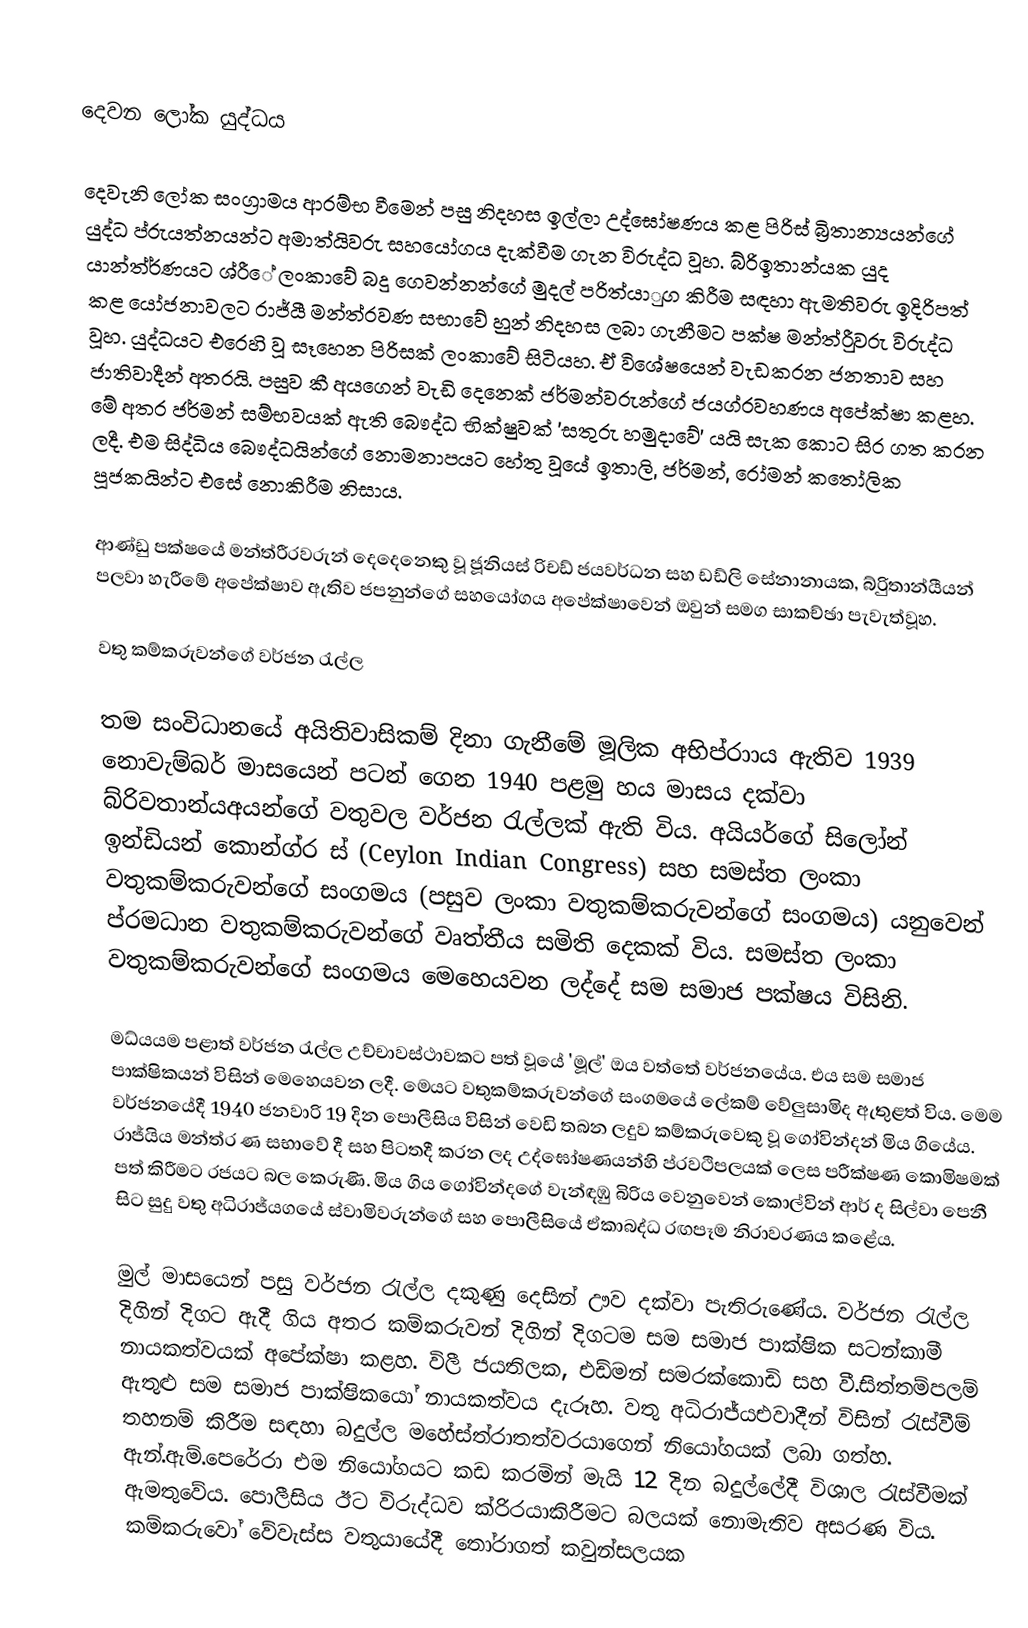

දෙවන ලෝක යුද්ධය

දෙවැනි ලෝක සංග්‍රාමය ආරම්භ වීමෙන් පසු  නිදහස ඉල්ලා උද්ඝෝෂණය කළ පිරිස් බ්‍රිතාන්‍යයන්ගේ යුද්ධ ප්රුයත්නයන්ට අමාත්යිවරු සහයෝගය දැක්වීම ගැන විරුද්ධ වූහ. බ්රිඉතාන්යක යුද යාන්ත්ර්ණයට ශ්රීේ ලංකාවේ බදු ගෙවන්නන්ගේ මුදල් පරිත්යාුග කිරීම සඳහා ඇමතිවරු ඉදිරිපත් කළ යෝජනාවලට රාජ්යී මන්ත්රවණ සභාවේ හුන් නිදහස ලබා ගැනීමට පක්ෂ මන්ත්රීුවරු විරුද්ධ වූහ. යුද්ධයට එරෙහි වූ සෑහෙන පිරිසක් ලංකාවේ සිටියහ. ඒ විශේෂයෙන් වැඩකරන ජනතාව සහ ජාතිවාදීන් අතරයි. පසුව කී අයගෙන් වැඩි දෙනෙක් ජර්මන්වරුන්ගේ ජයග්රවහණය අපේක්ෂා කළහ. මේ අතර ජර්මන් සම්භවයක් ඇති බෞද්ධ භික්ෂුවක් 'සතුරු හමුදාවේ' යයි සැක කොට සිර ගත කරන ලදී. එම සිද්ධිය බෞද්ධයින්ගේ නොමනාපයට හේතු වූයේ ඉතාලි, ජර්මන්, රෝමන් කතෝලික පූජකයින්ට එසේ නොකිරීම නිසාය.

ආණ්ඩු පක්ෂයේ මන්ත්රීරවරුන් දෙදෙනෙකු වූ ජූනියස් රිචඩ් ජයවර්ධන සහ ඩඩ්ලි සේනානායක, බ්රිුතාන්යීයන් පලවා හැරීමේ අපේක්ෂාව ඇතිව ජපනුන්ගේ සහයෝගය අපේක්ෂාවෙන් ඔවුන් සමග සාකච්ඡා පැවැත්වූහ.

වතු කම්කරුවන්ගේ වර්ජන රැල්ල

තම සංවිධානයේ අයිතිවාසිකම් දිනා ගැනීමේ මූලික අභිප්රාාය ඇතිව 1939 නොවැම්බර් මාසයෙන් පටන් ගෙන 1940 පළමු හය මාසය දක්වා බ්රිවතාන්යඅයන්ගේ වතුවල වර්ජන රැල්ලක් ඇති විය. අයියර්ගේ සිලෝන් ඉන්ඩියන් කොන්ග්ර ස් (Ceylon Indian Congress) සහ සමස්ත ලංකා වතුකම්කරුවන්ගේ සංගමය (පසුව ලංකා වතුකම්කරුවන්ගේ සංගමය) යනුවෙන් ප්රමධාන වතුකම්කරුවන්ගේ වෘත්තීය සමිති දෙකක් විය. සමස්ත ලංකා වතුකම්කරුවන්ගේ සංගමය මෙහෙයවන ලද්දේ සම සමාජ පක්ෂය විසිනි.

මධ්යයම පළාත් වර්ජන රැල්ල උච්චාවස්ථාවකට පත් වූයේ 'මූල්' ඔය වත්තේ වර්ජනයේය. එය සම සමාජ පාක්ෂිකයන් විසින් මෙහෙයවන ලදී. මෙයට වතුකම්කරුවන්ගේ සංගමයේ ලේකම් වේලුසාමිද ඇතුළත් විය. මෙම වර්ජනයේදී 1940 ජනවාරි 19 දින පොලීසිය විසින් වෙඩි තබන ලදුව කම්කරුවෙකු වූ ගෝවින්දන් මිය ගියේය. රාජ්යිය මන්ත්ර ණ සභාවේ දී සහ පිටතදී කරන ලද උද්ඝෝෂණයන්හි ප්රවථිපලයක් ලෙස පරීක්ෂණ කොමිෂමක් පත් කිරීමට රජයට බල කෙරුණි. මිය ගිය ගෝවින්දගේ වැන්ඳඹු බිරිය වෙනුවෙන් කොල්වින් ආර් ද සිල්වා පෙනී සිට සුදු වතු අධිරාජ්යගයේ ස්වාමිවරුන්ගේ සහ පොලීසියේ ඒකාබද්ධ රඟපෑම නිරාවරණය කළේය.

මුල් මාසයෙන් පසු වර්ජන රැල්ල දකුණු දෙසින් ඌව දක්වා පැතිරුණේය. වර්ජන රැල්ල දිගින් දිගට ඇදී ගිය අතර කම්කරුවන් දිගින් දිගටම සම සමාජ පාක්ෂික සටන්කාමී නායකත්වයක් අපේක්ෂා කළහ. විලී ජයතිලක, එඩ්මන් සමරක්කොඩි සහ වී.සිත්තම්පලම් ඇතුළු සම සමාජ පාක්ෂිකයෝ නායකත්වය දැරූහ. වතු අධිරාජ්යඑවාදීන් විසින් රැස්වීම් තහනම් කිරීම සඳහා බදුල්ල මහේස්ත්රාතත්වරයාගෙන්  නියෝගයක් ලබා ගත්හ. ඇන්.ඇම්.පෙරේරා එම නියෝගයට කඩ කරමින් මැයි 12 දින බදුල්ලේදී විශාල රැස්වීමක් ඇමතුවේය. පොලීසිය ඊට විරුද්ධව ක්රිරයාකිරීමට බලයක් නොමැතිව අසරණ විය. කම්කරුවෝ වේවැස්ස වතුයායේදී තෝරාගත් කවුන්සලයක